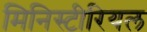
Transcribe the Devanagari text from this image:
मिनिस्टीरियल